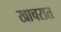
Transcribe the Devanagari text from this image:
खाचरात